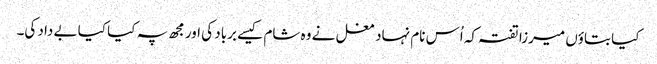
کیا بتاؤں میرزا تفتہ کہ اُس نام نہاد مغل نے وہ شام کیسے برباد کی اور مجھ پہ کیا کیا بے داد کی۔